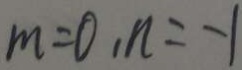
m = 0 , n = - 1